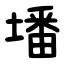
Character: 墦